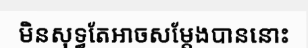
មិនសុទ្ធតែអាចសម្តែងបាននោះ